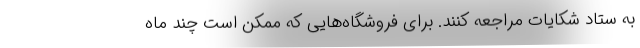
به ستاد شکایات مراجعه کنند. برای فروشگاه‌هایی که ممکن است چند ماه